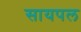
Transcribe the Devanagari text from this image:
सायपल